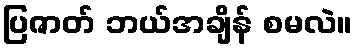
ပြဇာတ် ဘယ်အချိန် စမလဲ။